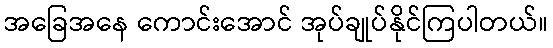
အခြေအနေ ကောင်းအောင် အုပ်ချုပ်နိုင်ကြပါတယ်။